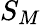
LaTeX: S_{M}